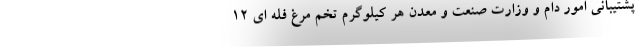
پشتیبانی امور دام و وزارت صنعت و معدن هر کیلوگرم تخم مرغ فله ای ۱۲